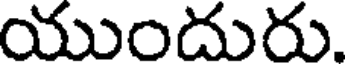
యుందురు.